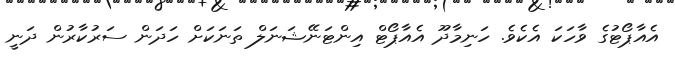
އެއާޕޯޓުގެ ވާހަކަ އެކެވެ. ހަނިމާދޫ އެއާޕޯޓް އިންޓަނޭޝަނަލް ތަނަކަށް ހަދަން ސަރުކާރުން ދަނީ